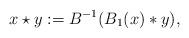
LaTeX: \begin{align*} x\star y := B^{-1}(B_1(x)*y),\end{align*}